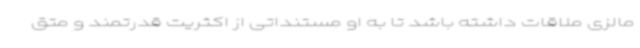
مالزی ملاقات داشته باشد تا به او مستنداتی از اکثریت قدرتمند و متق